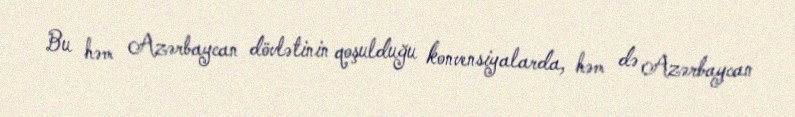
Bu həm Azərbaycan dövlətinin qoşulduğu konvensiyalarda, həm də Azərbaycan